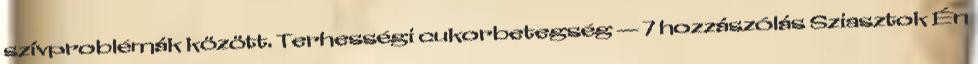
szívproblémák között. Terhességi cukorbetegség — 7 hozzászólás Sziasztok Én